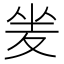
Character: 夎